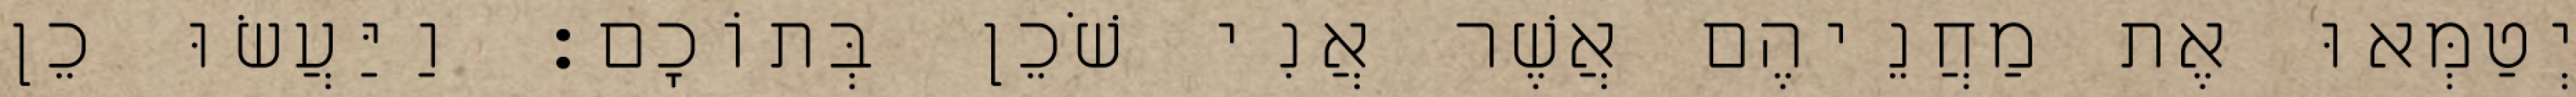
יְטַמְּאוּ אֶת מַחֲנֵיהֶם אֲשֶׁר אֲנִי שֹׁכֵן בְּתוֹכָם׃ וַיַּעֲשׂוּ כֵן